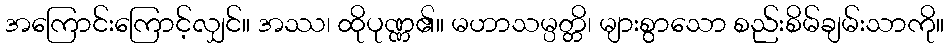
အကြောင်းကြောင့်လျှင်။ အဿ၊ ထိုပုဏ္ဏ၏။ မဟာသမ္ပတ္တိ၊ များစွာသော စည်းစိမ်ချမ်းသာကို။